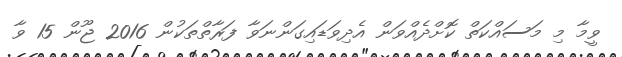
ވީމާ މި މަސައްކަތް ކޮށްދެއްވަން އެދިވަޑައިގަންނަވާ ފަރާތްތަކުން 2016 ޖޫން 15 ވާ